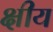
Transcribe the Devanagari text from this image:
क्षीय